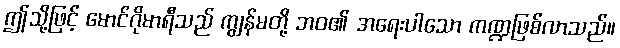
ဤသို့ဖြင့် မောင်ဂိုမာရီသည် ကျွန်မတို့ ဘဝ၏ အရေးပါသော ကဏ္ဍဖြစ်လာသည်။